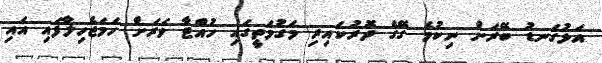
އަޅުގަނޑު ބޭރަަށް ނިކުމެ ގޭގެ ދޮރުކައިރި މަގުމަތީގައި ހުއްޓާ ވަރަށް ހަމަޖެހިލާފައި އައި